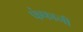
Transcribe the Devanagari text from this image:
फंफानी